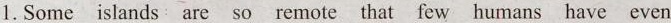
1.Some islands are so remote that few humans have even